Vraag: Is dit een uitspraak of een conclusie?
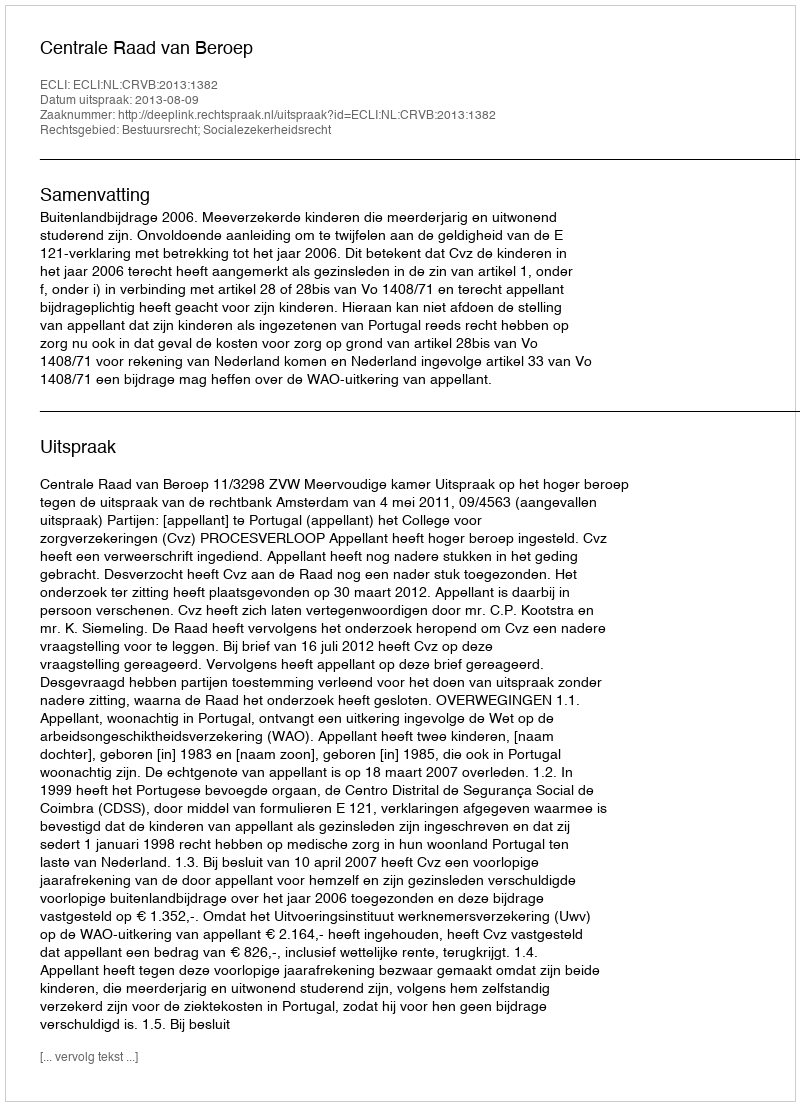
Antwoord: Uitspraak